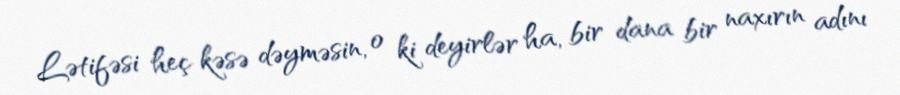
Lətifəsi heç kəsə dəyməsin, o ki deyirlər ha, bir dana bir naxırın adını